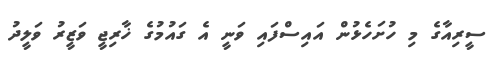
ސީރިއާގެ މި ހުށަހެޅުން އައިސްފައި ވަނީ އެ ގައުމުގެ ޚާރިޖީ ވަޒީރު ވަލީދު